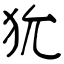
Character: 狁